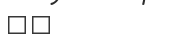
٤٣